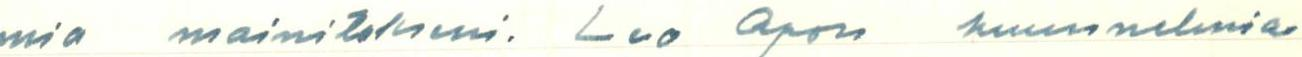
mia mainitokseni. Leo Apon kuunnelmia